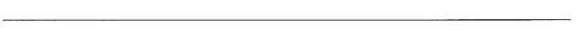
___